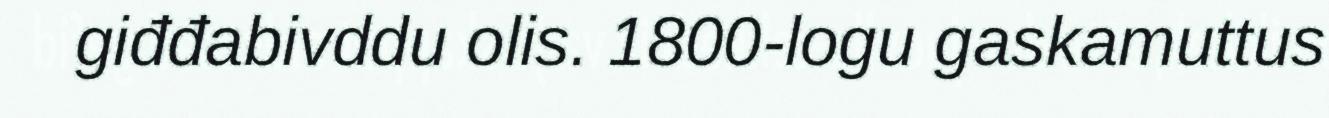
giđđabivddu olis. 1800-logu gaskamuttus